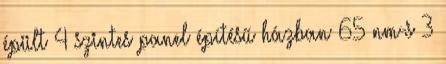
épült 4 szintes panel építésű házban 65 nm-s 3